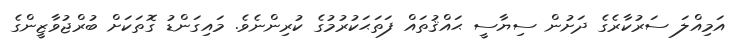
އަމިއްލަ ސަރުކާރެގެ ދަށުން ސިޔާސީ ޙައްޤުތައް ފަތަޙަކުރުމުގެ ކުރިންނެވެ. މައިގަންޑު ގޮތަކަށް ބުރްޖުވާޒީންގެ